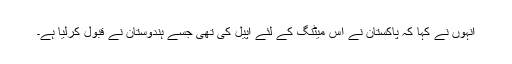
انہوں نے کہا کہ پاکستان نے اس میٹنگ کے لئے اپیل کی تھی جسے ہندوستان نے قبول کرلیا ہے۔